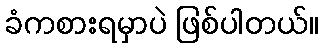
ခံကစားရမှာပဲ ဖြစ်ပါတယ်။